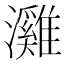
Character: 𤄬